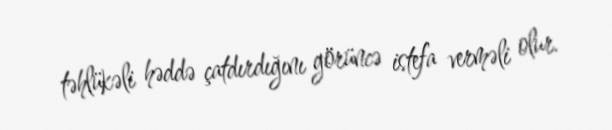
təhlükəli həddə çatdırdığını görüncə istefa verməli olur.